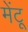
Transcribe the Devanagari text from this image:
मेंटू